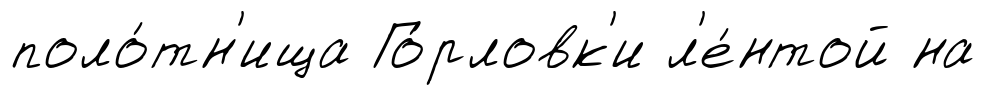
поло́тн'ища Го́рловк'и л'е́нтой на